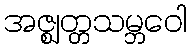
အဇ္ဈတ္တသမ္ဘဝေါ